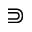
\Supset